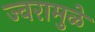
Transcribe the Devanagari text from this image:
ज्वरामुळे